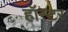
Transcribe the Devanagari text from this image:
हॉस्टर